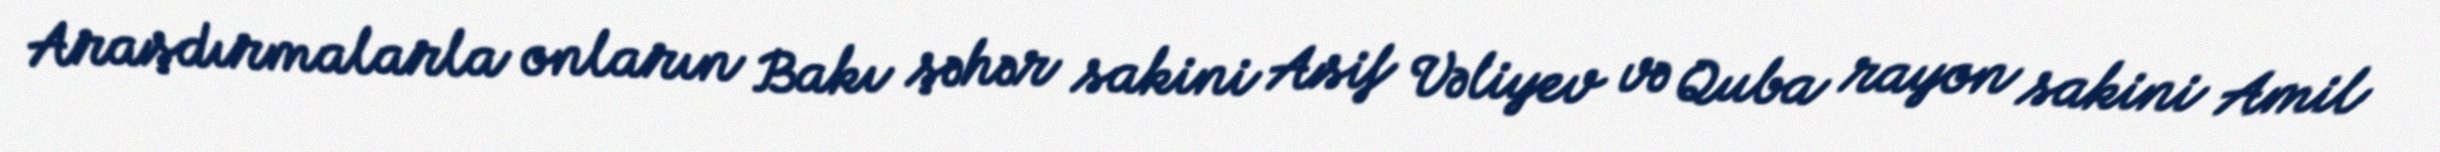
Araşdırmalarla onların Bakı şəhər sakini Asif Vəliyev və Quba rayon sakini Amil